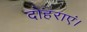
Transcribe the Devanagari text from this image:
दोहराएं।